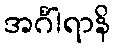
အင်္ဂါရာနိ